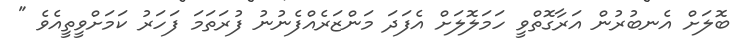
ބޮލަށް އެނބުރުން އަރާގޮތްވީ ހަމަލޮލަށް އެފަދަ މަންޒަރެއްފެނުނު ފުރަތަމަ ފަހަރު ކަމަށްވީތީއެވެ "